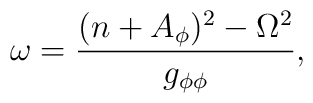
\omega=\frac{(n+A_\phi)^2-\Omega^2}{g_{\phi\phi}},